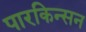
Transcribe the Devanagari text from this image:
पारकिन्सन